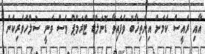
އާއި ރައީސް ކަމަށް އިންތިޚާބު ވެފައިވާ ޑޮނަލްޑް ޓްރަމްޕް ވެސް ވަނީ ސުލްހަވެރިކަން